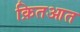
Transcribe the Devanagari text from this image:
क़ितआत